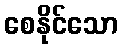
စေနိုင်သော